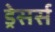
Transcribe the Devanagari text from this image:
ड्रेसर्स